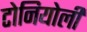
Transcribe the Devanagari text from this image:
टोनियोली